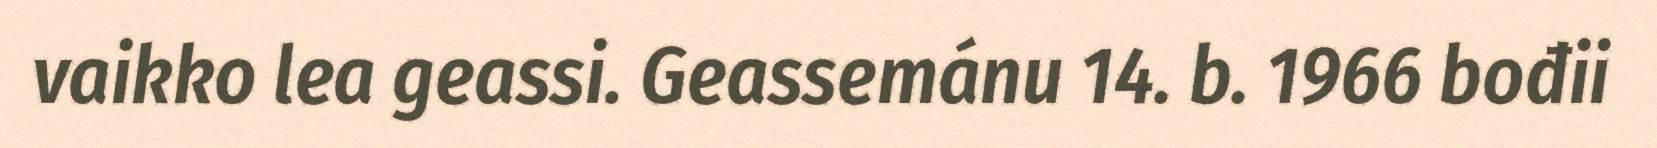
vaikko lea geassi. Geassemánu 14. b. 1966 bođii